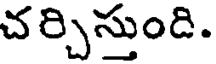
చర్చిస్తుంది.